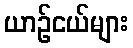
ယာဉ်ငယ်များ